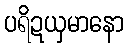
ပရိဍယှမာနော